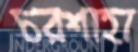
চরশাহা